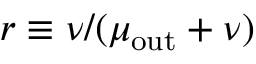
r \equiv \nu / ( \mu _ { \mathrm { o u t } } + \nu )